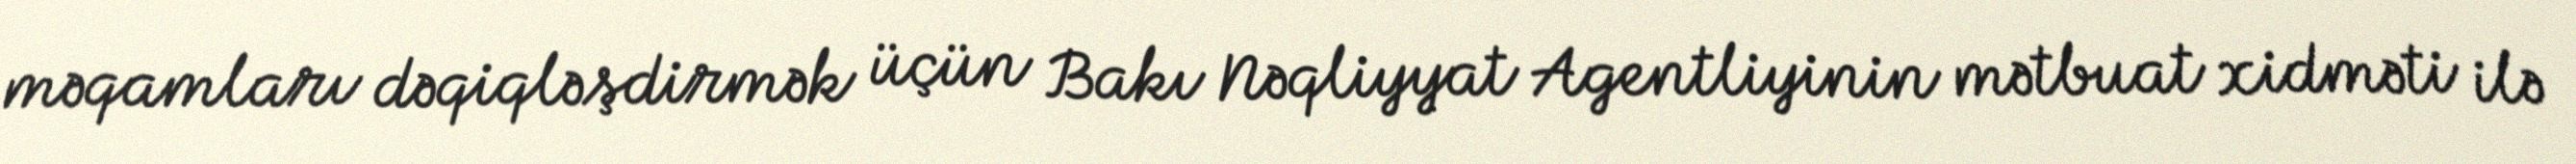
məqamları dəqiqləşdirmək üçün Bakı Nəqliyyat Agentliyinin mətbuat xidməti ilə